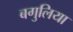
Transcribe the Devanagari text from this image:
बगुलिया